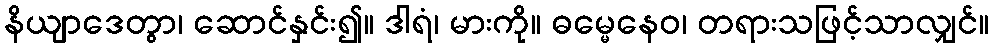
နိယျာဒေတွာ၊ ဆောင်နှင်း၍။ ဒါရံ၊ မားကို။ ဓမ္မေနေဝ၊ တရားသဖြင့်သာလျှင်။